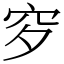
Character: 穸